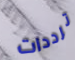
ترددات